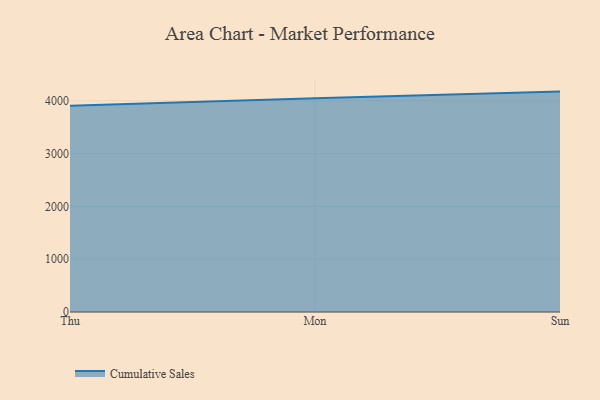
{"axis": {"x": "Day", "y": "Satisfaction Score"}, "legend": ["Cumulative Sales"], "data": [{"x": "Thu", "y": 3904.4, "type": "Cumulative Sales"}, {"x": "Mon", "y": 4050.3, "type": "Cumulative Sales"}, {"x": "Sun", "y": 4174.5, "type": "Cumulative Sales"}]}